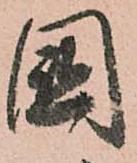
國